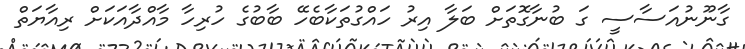
ގާނޫނުއަސާސީ ގަ ބުނާގޮތަށް ބަލާ އިރު ހައްގުތަކާބެހޭ ބާބުގެ ހުރިހާ މާއްދާއަކަށް ރިއާޔަތް